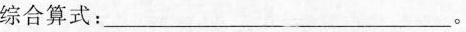
综合算式：___。